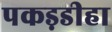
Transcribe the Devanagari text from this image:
पकड़डीहा